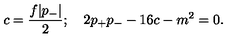
c = { \frac { f | p _ { - } | } { 2 } } ; \quad 2 p _ { + } p _ { - } - 1 6 c - m ^ { 2 } = 0 .